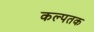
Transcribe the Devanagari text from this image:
कल्पतक